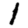
Digit: 1